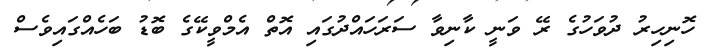
ހޮނިހިރު ދުވަހުގެ ރޭ ވަނީ ކާނިވާ ސަރަހައްދުގައި އޮތް އެމްވީކޭގެ ބޮޑު ބަހެއްގައިވެސް